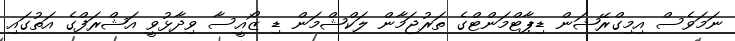
ނަމަވެސް އިމިގްރޭޝަން ޑިޕާޓްމަންޓްގެ ތަރުޖަމާން ލަކްޝްމަން ޑި ޒޯއީސާ ވިދާޅުވީ އަޝްރަފްގެ އަތުގައި